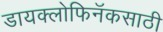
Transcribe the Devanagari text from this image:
डायक्लोफिनॅकसाठी